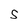
Character: S